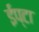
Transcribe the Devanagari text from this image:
ईप्टा